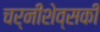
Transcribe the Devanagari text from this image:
चर्नीशेव्सकी